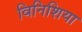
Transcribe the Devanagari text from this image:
विनिशिया